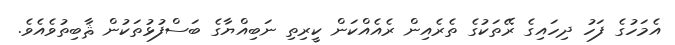
އެމަހުގެ ފަހު ދިހައިގެ ރޭތަކުގެ ތެރެއިން ރެއެއްކަން ކީރިތި ނަބިއްޔާގެ ބަސްފުޅުތަކުން ޘާބިތުވެއެވެ.